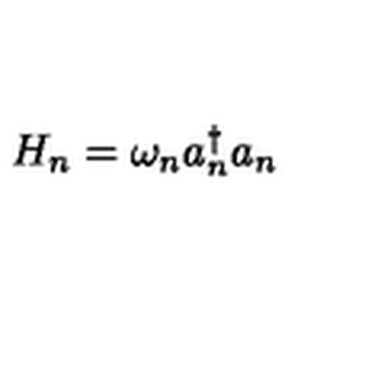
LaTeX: H _ { n } = \omega _ { n } a _ { n } ^ { \dagger } a _ { n }